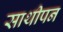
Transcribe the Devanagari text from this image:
साथीपन